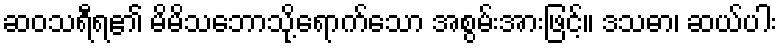
ဆဝသရီရ၏ မိမိသဘောသို့ရောက်သော အစွမ်းအားဖြင့်။ ဒသဓာ၊ ဆယ်ပါး